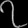
Digit: ၇